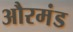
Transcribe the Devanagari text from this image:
औरमंड